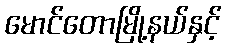
မောင်တောမြို့နယ်နှင့်